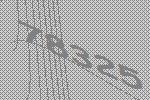
78325